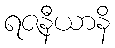
ရဇနီယာနိ